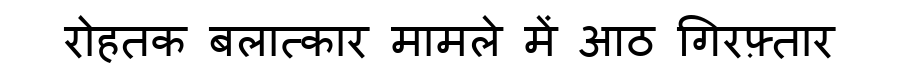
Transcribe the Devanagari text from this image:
रोहतक बलात्कार मामले में आठ गिरफ़्तार